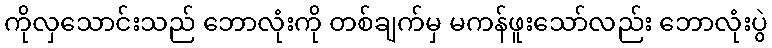
ကိုလှသောင်းသည် ဘောလုံးကို တစ်ချက်မှ မကန်ဖူးသော်လည်း ဘောလုံးပွဲ